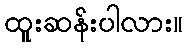
ထူးဆန်းပါလား။